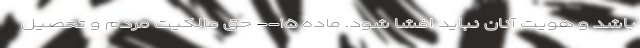
باشد و هویت آنان نباید افشا شود. ماده ۱۵-- حق مالکیت مردم و تحصیل